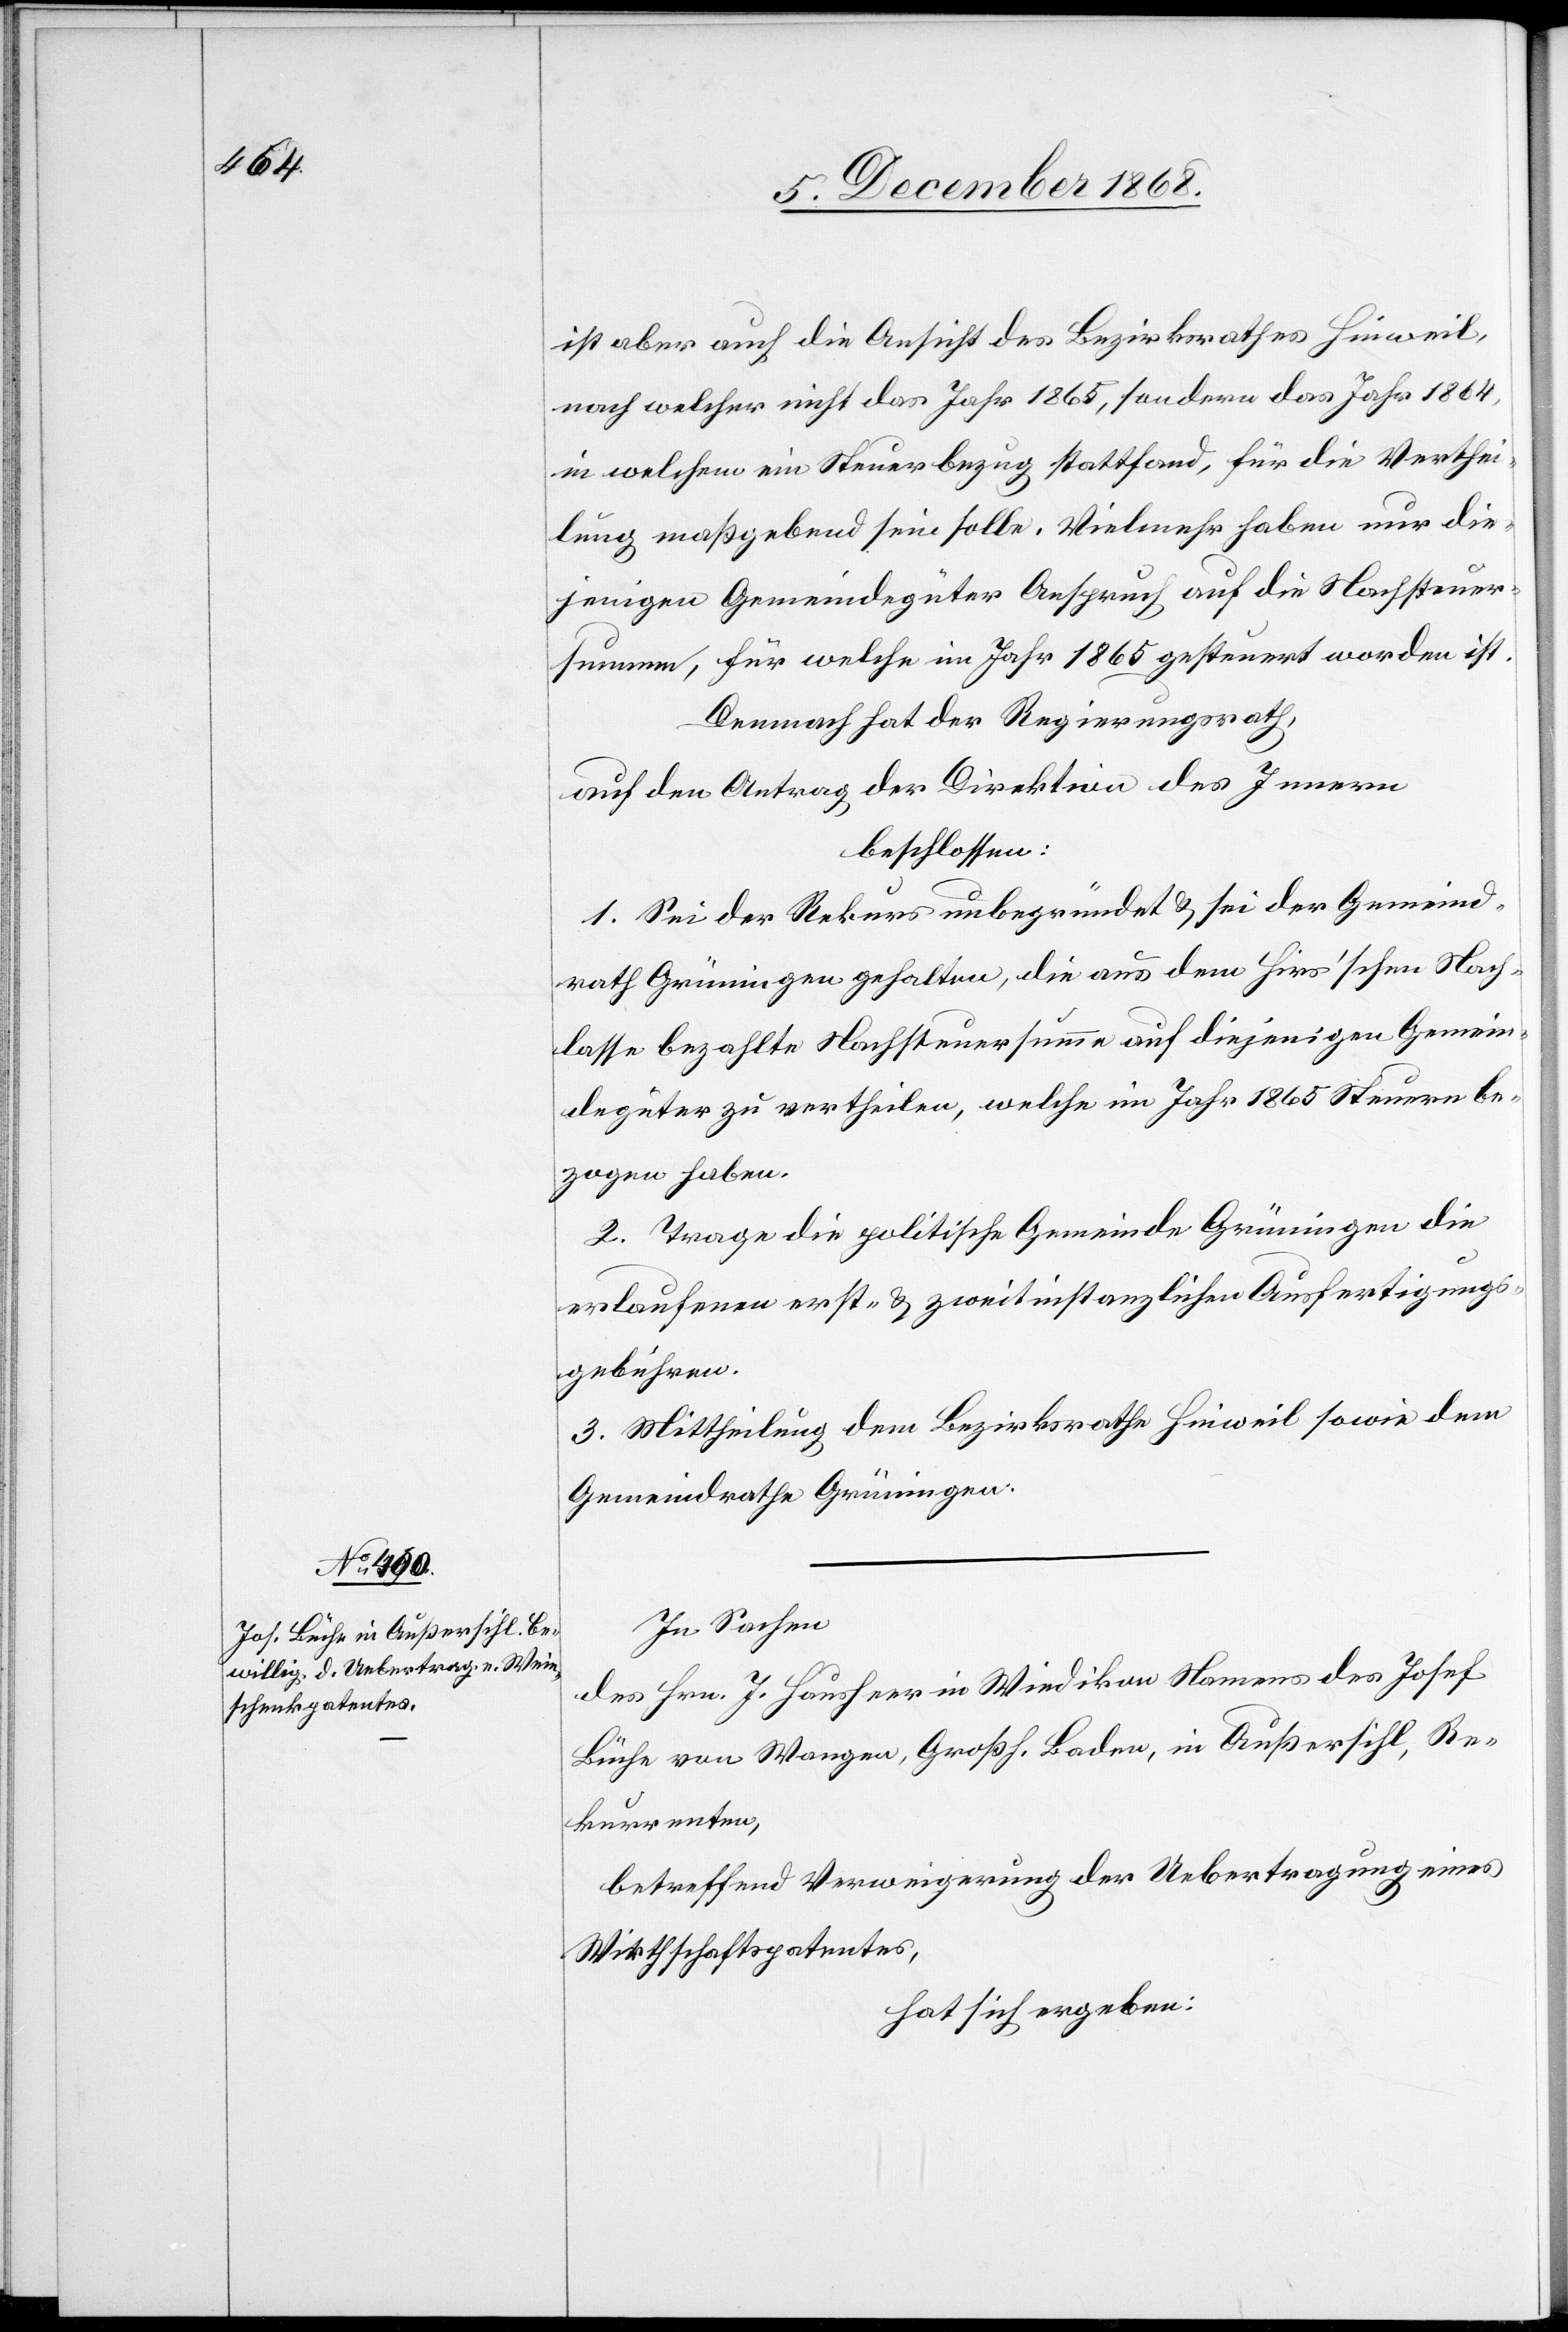
ist aber auch die Ansicht des Bezirksrathes Hinweil,
nach welcher nicht das Jahr 1865, sondern das Jahr 1864,
in welchem ein Steuerbezug stattfand, für die Verthei¬
lung maßgebend sein solle. Vielmehr haben nur die¬
jenigen Gemeindegüter Anspruch auf die Nachsteuer¬
summe, für welche im Jahr 1865 gesteuert worden ist.
Demnach hat der Regierungsrath,
auf den Antrag der Direktion des Innern
beschlossen:
1. Sei der Rekurs unbegründet & sei der Gemeind¬
rath Grüningen gehalten, die aus dem Hirs’schen Nach¬
lasse bezahlte Nachsteuersumme auf diejenigen Gemein¬
degüter zu vertheilen, welche im Jahr 1865 Steuern be¬
zogen haben.
2. Trage die politische Gemeinde Grüningen die
erlaufenen erst- & zweitinstanzlichen Ausfertigungs¬
gebühren.
3. Mittheilung dem Bezirksrathe Hinweil sowie dem
Gemeindrathe Grüningen.
In Sachen
des Hrn. J. Hausheer in Wiedikon Namens des Josef
Büche von Wangen, Großh. Baden, in Außersihl, Re¬
kurrenten,
betreffend Verweigerung der Uebertragung eines
Wirthschaftspatentes,
hat sich ergeben: